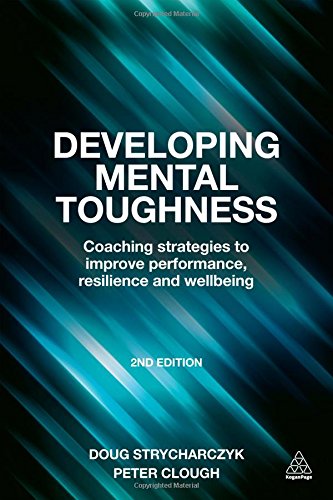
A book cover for Developing Mental Toughness: Coaching Strategies to Improve Performance, Resilience and Wellbeing; Doug Strycharczyk; Business & Money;